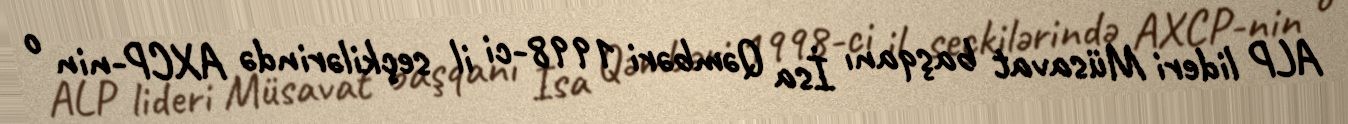
ALP lideri Müsavat başqanı İsa Qəmbəri 1998-ci il seçkilərində AXCP-nin o